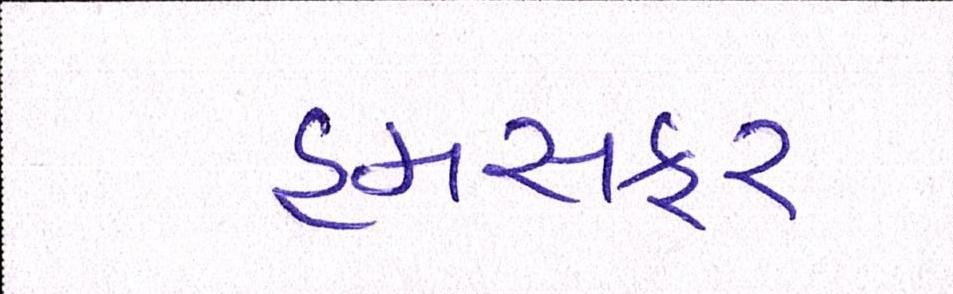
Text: હમસફર